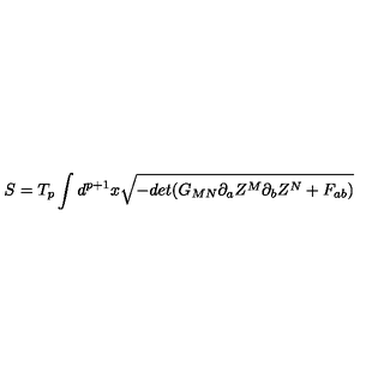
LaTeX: S = T _ { p } \int d ^ { p + 1 } x \sqrt { - d e t ( G _ { M N } \partial _ { a } Z ^ { M } \partial _ { b } Z ^ { N } + F _ { a b } ) }